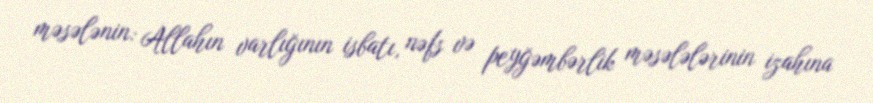
məsələnin: Allahın varlığının isbatı, nəfs və peyğəmbərlik məsələlərinin izahına